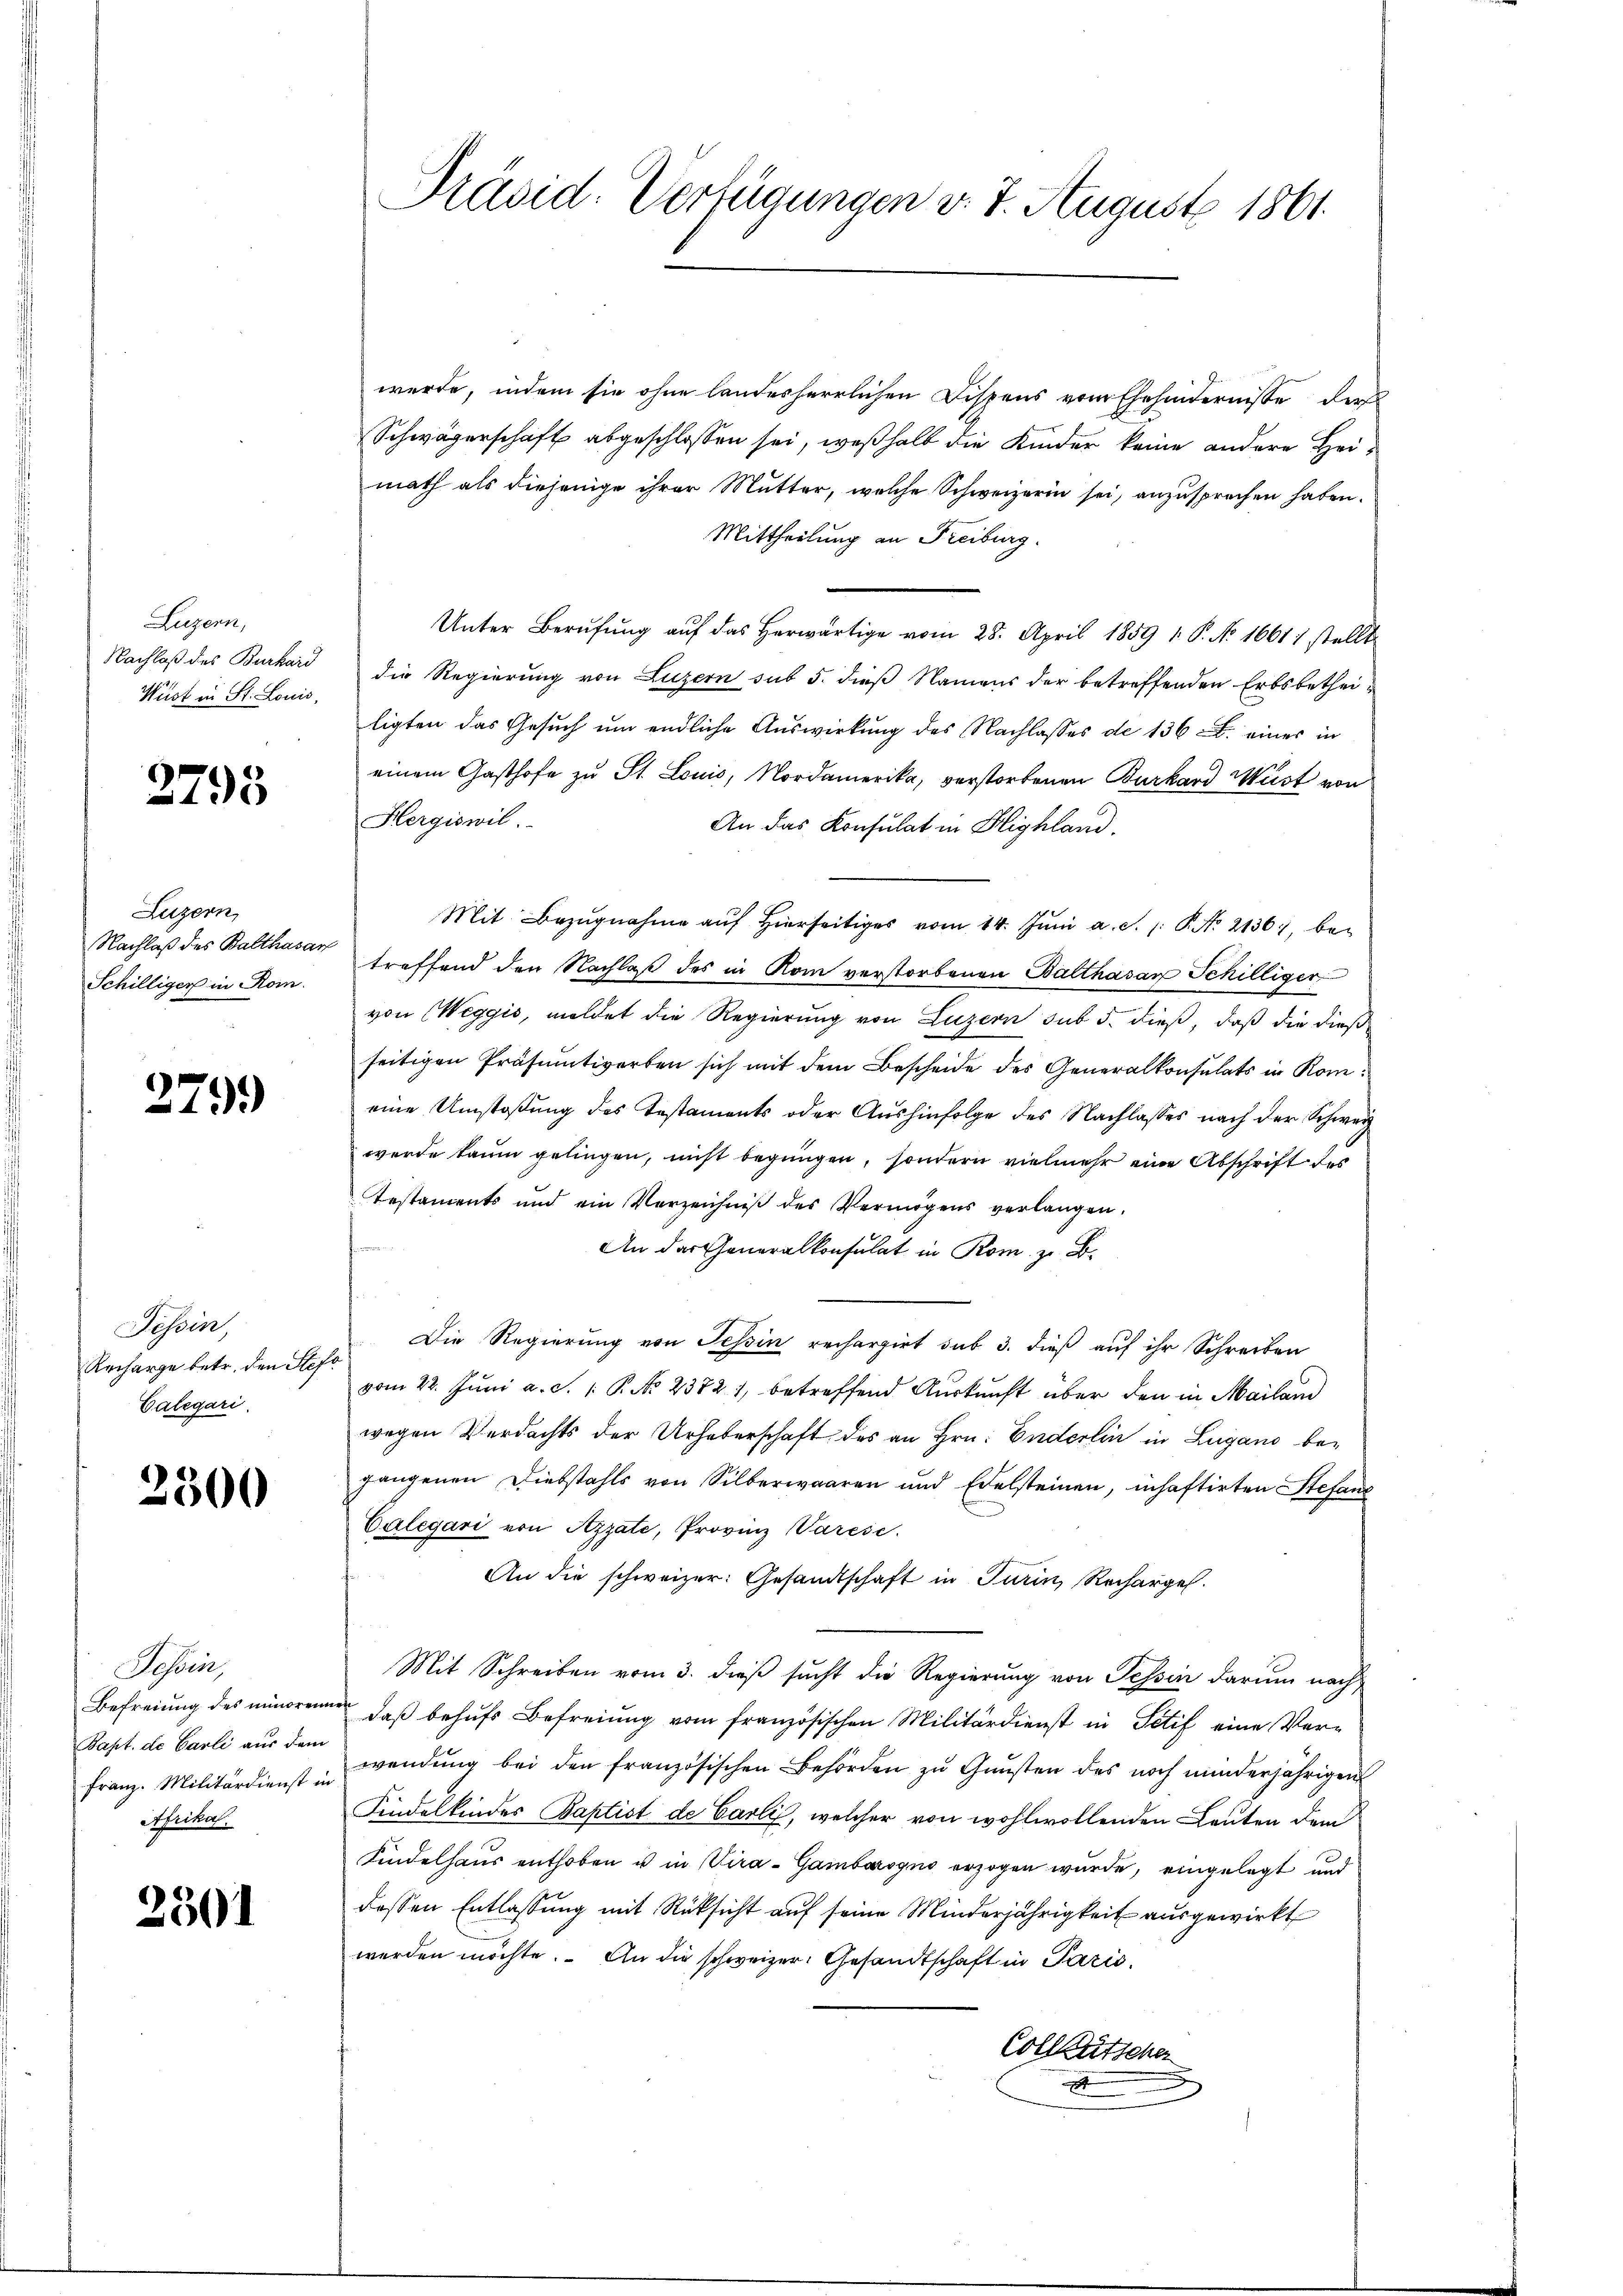
Luzern,
Wüst in St. Louis,

2795

Luzern,
Schilliger in Rom.

2799)

Tessin,
Recharge betr. den Stefa
Calegari.

2300

Superi
Papt. de Carli aus dem
Franz. Militärdienst in
Afrikal.

2301

werde, indem sie ohne landesherrlichen Dispens vom Ehehindernisse der
Schwägerschaft abgeschlossen sei, weßhalb die Kinder keine andere Heimath als diejenige ihrer Mutter, welche Schweizerin sei, anzusprechen haben.
Mittheilung an Freiburg.
Unter Berufung aŭf das herwärtige vom 28. April 1859 1. P. No. 16611 stellt
Nachloß des Burkard die Regierung von Luzern sub 5. dieß Namens der betreffenden Erbsbetheiligten das Gesuch um endliche Auswirkung des Nachlasses de 136. eines in
einem Gasthofe zu St. Louis, Nordamerika, verstorbenen Burkard Wüst von
Hergiswil.
An das Konsulat in Highland.
Mit Bezŭgnahme aŭf hierseitiges vom 14. Jŭni a. S. 1: P. Nr. 21361, be¬
Nachlaß des Balthasar treffend den Nachlaß des in Rom verstorbenen Balthasar Schilliger
von Weggis, meldet die Regierung von Luzern sub 5. dieß, daß die dieß
seitigen Präsumtivorben sich mit dem Bescheide des Generalkonsulats in Komeine Umstaßung des Testaments oder Aushinfolge des Nachlasses nach der Schweiz
werde kaum gelingen, nicht begnügen, sondern vielmehr eine Abschrift der
Testaments und ein Verzeichniß des Vermögens verlangen.
n
An das Generalkonsulat in Rom z. B.
Die Regierung von Tessin rechargirt sub 3. dieß auf ihr Schreiben
vom 22. Juni a. S. 1 P. No 23721, betreffend Auskunft über den in Mailand
wegen Verdachts der Urheberschaft des an Hrn. Enderlin in Lugano begangenen Diebstahls von Silberwaaren und Edelsteinen, inhaftirten Stefand
Calegari von Azzate, Provinz Varese
An die schweizer: Gesandtschaft in Turin, Recharges.
Mit Schreiben vom 3. dieß sucht die Regierung von Tessin darum nach
Befreiung des minorene daβ behŭfs Befreiung vom französischen Militärdienst in Sctif eine Verwendŭng bei den französischen Behörden zŭ Gŭnsten des noch minderjährigen
Findelkindes Baptist de Carli, welcher von wohlwollenden Leuten dem
Kindelhaus enthoben u in Vira-Gamborogno erzogen wurde, eingelegt und
dessen Entlassung mit Rücksicht auf seine Minderjährigkeit ausgewirkt
werden möchte. An die schweizer. Gesandtschaft in Paris
Colletscher
d

Präsid. Verfügungen v. 7. August 1861.